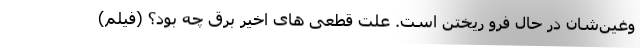
وغین‌شان در حال فرو ریختن است. علت قطعی های اخیر برق چه بود؟ (فیلم)